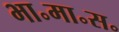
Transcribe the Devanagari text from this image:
भा॰मा॰स॰